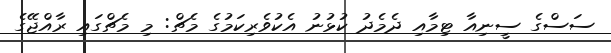
ސަސްގެ ސީނިއާ ޓިމާއި ދެމެދު ކުޅުނު އެކުވެރިކަމުގެ މެޗް: މި މެޗްގައި ރާއްޖޭގެ